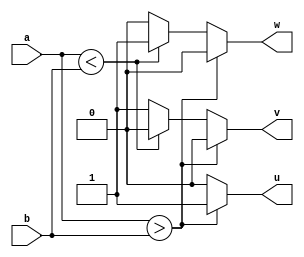
module comparador_gel(
  input a,
  input b,
  output u, // si a < b => (u,v,w) = (0,0,1)
  output v, // si a = b => (u,v,w) = (0,1,0)
  output w); // si a > b => (u,v,w) = (1,0,0) 
  reg u, v, w;
  always @(a, b)
    begin
      u = 0;
      v = 0;
      w = 0;
      if (a > b)
        u =1;
      else if (a < b)
        w = 1;
      else
        v = 1;
    end
endmodule